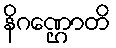
နိဂဏ္ဌောတိ